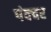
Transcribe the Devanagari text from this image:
पंक्‍चर